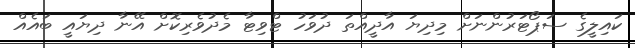
ކައިލީގެ ސަޕޯޓަރުންނަށް މިދިޔަ އާދީއްތަ ދުވަހު ޓްވިޓާ މެދުވެރިކޮށް އޭނާ ދިޔައީ ބައެއް